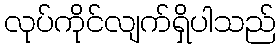
လုပ်ကိုင်လျက်ရှိပါသည်